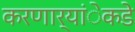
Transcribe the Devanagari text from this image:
करणार्यांेकडेे